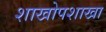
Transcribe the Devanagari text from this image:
शाखोपशाखा